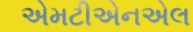
એમટીએનએલ